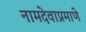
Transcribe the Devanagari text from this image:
नामदेवाप्रमाणे